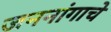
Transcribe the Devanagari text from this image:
जननांगाचे